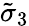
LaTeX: \tilde{\sigma}_{3}